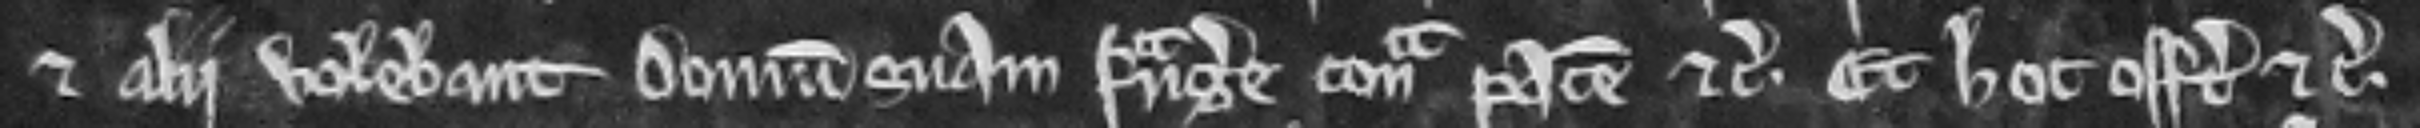
et alii volebant domum suam frangere contra pacem etc. Et hoc offert etc.